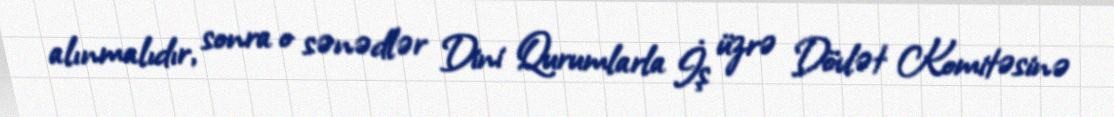
alınmalıdır, sonra o sənədlər Dini Qurumlarla İş üzrə Dövlət Komitəsinə